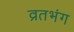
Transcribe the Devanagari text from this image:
व्रतभंग